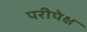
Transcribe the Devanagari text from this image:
परीपेक्ष